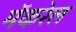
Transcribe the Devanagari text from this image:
मॅकरेल